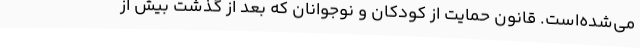
می‌شده‌است. قانون حمایت از کودکان و نوجوانان که بعد از گذشت بیش از